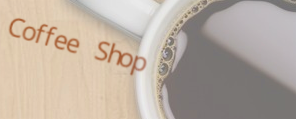
Coffee Shop